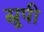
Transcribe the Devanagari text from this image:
स्नूपी